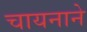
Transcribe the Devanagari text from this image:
चायनाने